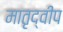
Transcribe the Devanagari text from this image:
मातृद्वीप